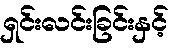
ရှင်းလင်းခြင်းနှင့်